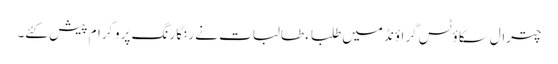
چترال سکاؤٹس گراؤنڈ میں طلباء طالبات نے رنگا رنگ پروگرام پیش کئے۔